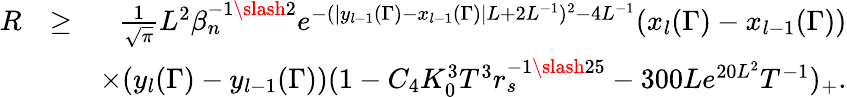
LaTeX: \begin{array}{rlr}{R}&{\geq}&{\frac{1}{\sqrt{\pi}}L^{2}\beta_{n}^{-1\slash 2}e^{-(|y_{l-1}(\Gamma)-x_{l-1}(\Gamma)|L+2L^{-1})^{2}-4L^{-1}}(x_{l}(\Gamma)-x_{l-1}(\Gamma))}\\ &{}&{\times(y_{l}(\Gamma)-y_{l-1}(\Gamma))(1-C_{4}K_{0}^{3}T^{3}r_{s}^{-1\slash 25}-300Le^{20L^{2}}T^{-1})_{+}.}\end{array}